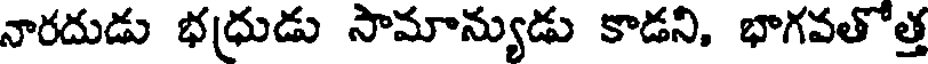
నారదుడు భధ్రుడు సామాన్యుడు కాడని, భాగవతోత్త